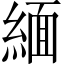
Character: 緬